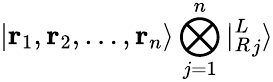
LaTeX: |\mathbf{r}_{1},\mathbf{r}_{2},\ldots,\mathbf{r}_{n}\rangle\bigotimes_{j=1}^{n}|{^L_{R}}_{j}\rangle